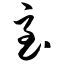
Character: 至